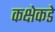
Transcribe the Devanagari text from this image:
कक्षेकडे